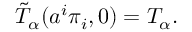
\tilde { T } _ { \alpha } ( a ^ { i } \pi _ { i } , 0 ) = T _ { \alpha } .